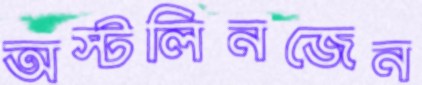
অস্টলিনজেন